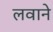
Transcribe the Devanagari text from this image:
लवाने